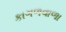
કાગળવાળા